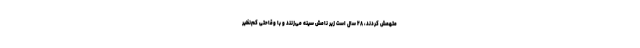
متهمش کردند، ۲۸ سال است زیر نامش سینه می‌زنند و با وقاحتی کم‌نظیر